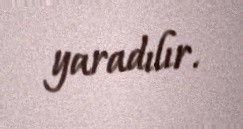
yaradılır.